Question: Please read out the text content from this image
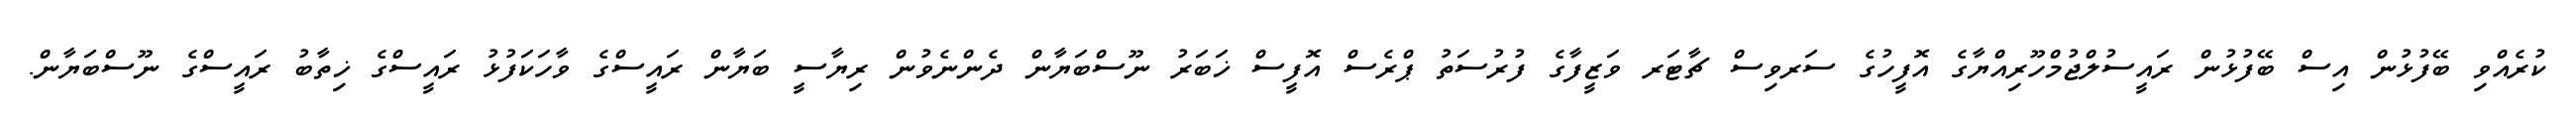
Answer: ކުރެއްވި ބޭފުޅުން އިސް ބޭފުޅުން ރައީސުލްޖުމްހޫރިއްޔާގެ އޮފީހުގެ ސަރވިސް ޗާޓަރ ވަޒީފާގެ ފުރުސަތު ޕްރެސް އޮފީސް ޚަބަރު ނޫސްބަޔާން ދެންނެވުން ރިޔާސީ ބަޔާން ރައީސްގެ ވާހަކަފުޅު ރައީސްގެ ޚިތާބު ރައީސްގެ ނޫސްބަޔާން.